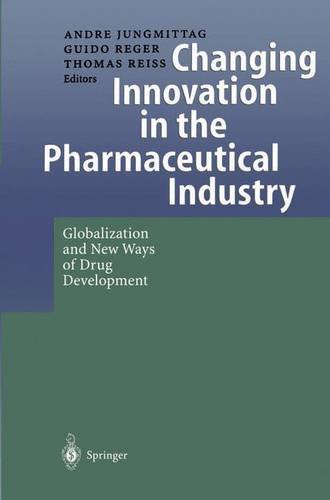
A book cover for Changing Innovation in the Pharmaceutical Industry: Globalization and New Ways of Drug Development; Medical Books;